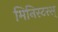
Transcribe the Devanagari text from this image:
मिनिस्टरस्